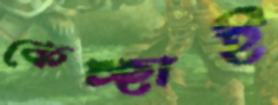
কেচ্ছাই